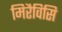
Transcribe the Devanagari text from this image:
मिरैविसि